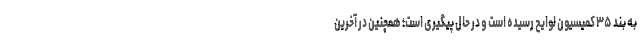
به بند ۳۵ کمیسیون لوایح رسیده است و در حال پیگیری است؛ همچنین در آخرین